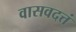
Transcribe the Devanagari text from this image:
वासवदत्तं